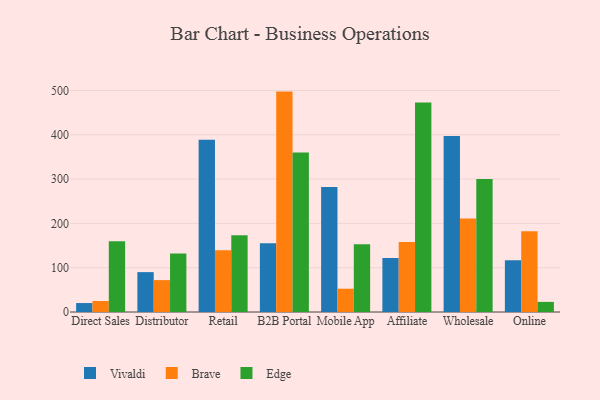
{"axis": {"x": "Channel", "y": "Headcount"}, "legend": ["Brave", "Edge", "Vivaldi"], "data": [{"x": "Direct Sales", "y": 20.2, "type": "Vivaldi"}, {"x": "Direct Sales", "y": 24.9, "type": "Brave"}, {"x": "Direct Sales", "y": 159.6, "type": "Edge"}, {"x": "Distributor", "y": 90.0, "type": "Vivaldi"}, {"x": "Distributor", "y": 72.0, "type": "Brave"}, {"x": "Distributor", "y": 132.0, "type": "Edge"}, {"x": "Retail", "y": 388.9, "type": "Vivaldi"}, {"x": "Retail", "y": 139.6, "type": "Brave"}, {"x": "Retail", "y": 173.5, "type": "Edge"}, {"x": "B2B Portal", "y": 155.2, "type": "Vivaldi"}, {"x": "B2B Portal", "y": 497.5, "type": "Brave"}, {"x": "B2B Portal", "y": 360.0, "type": "Edge"}, {"x": "Mobile App", "y": 282.0, "type": "Vivaldi"}, {"x": "Mobile App", "y": 52.5, "type": "Brave"}, {"x": "Mobile App", "y": 152.7, "type": "Edge"}, {"x": "Affiliate", "y": 121.7, "type": "Vivaldi"}, {"x": "Affiliate", "y": 157.8, "type": "Brave"}, {"x": "Affiliate", "y": 473.0, "type": "Edge"}, {"x": "Wholesale", "y": 397.0, "type": "Vivaldi"}, {"x": "Wholesale", "y": 211.3, "type": "Brave"}, {"x": "Wholesale", "y": 300.0, "type": "Edge"}, {"x": "Online", "y": 116.6, "type": "Vivaldi"}, {"x": "Online", "y": 182.0, "type": "Brave"}, {"x": "Online", "y": 22.8, "type": "Edge"}]}